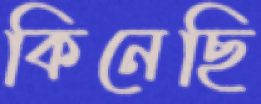
কিনেছি